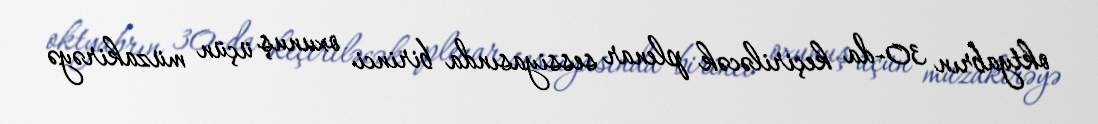
oktyabrın 30-da keçiriləcək plenar sessiyasında birinci oxunuş üçün müzakirəyə